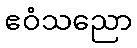
ဧဝံသညော